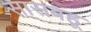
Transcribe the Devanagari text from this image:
सासबहू